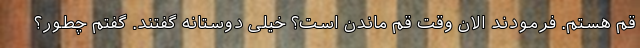
قم هستم. فرمودند الان وقت قم ماندن است؟ خیلی دوستانه گفتند. گفتم چطور؟